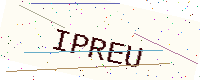
Text: IPREU